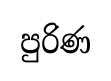
පුරිණ